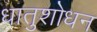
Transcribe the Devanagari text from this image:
धातुशोधन